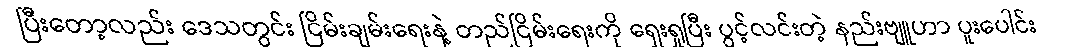
ပြီးတော့လည်း ဒေသတွင်း ငြိမ်းချမ်းရေးနဲ့ တည်ငြိမ်းရေးကို ရှေးရှုပြီး ပွင့်လင်းတဲ့ နည်းဗျူဟာ ပူးပေါင်း